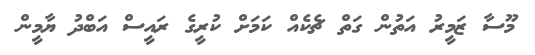
މޫސާ ޒަމީރު އަތުން ގަތް ޗެކެއް ކަމަށް ކުރީގެ ރައީސް އަބްދު ޔާމީން